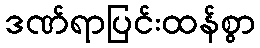
ဒဏ်ရာပြင်းထန်စွာ